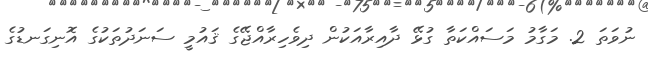
ނުވަތަ 2. މަގާމު މަސައްކަތާ ގުޅޭ ދާއިރާއަކުން ދިވެހިރާއްޖޭގެ ޤައުމީ ސަނަދުތަކުގެ އޮނިގަނޑުގެ